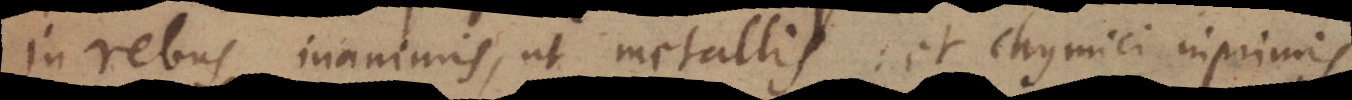
rebus inanimis, ut metallis: et chymici inprimis